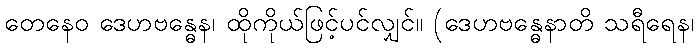
တေနေဝ ဒေဟဗန္ဓေန၊ ထိုကိုယ်ဖြင့်ပင်လျှင်။ (ဒေဟဗန္ဓေနာတိ သရီရေန၊